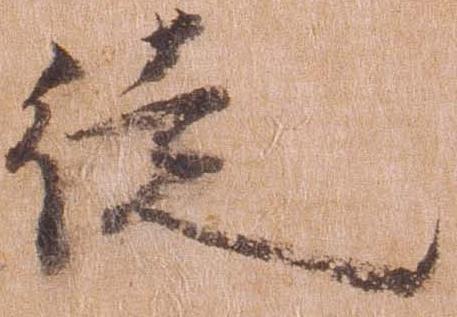
徒